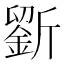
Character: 𣃋